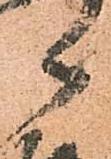
々